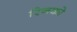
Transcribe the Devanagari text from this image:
रिनको